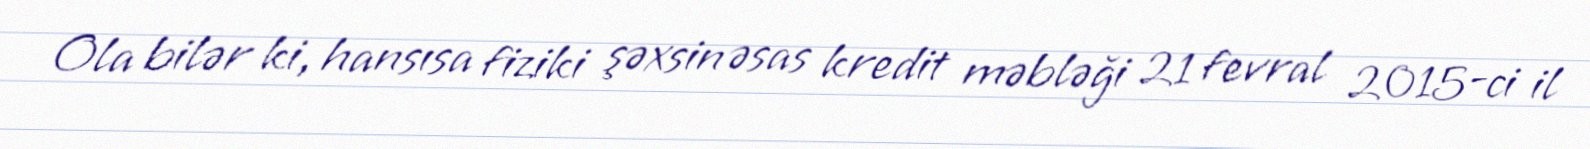
Ola bilər ki, hansısa fiziki şəxsin əsas kredit məbləği 21 fevral 2015-ci il